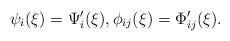
LaTeX: \begin{align*} \psi_i(\xi)=\Psi'_i(\xi), \phi_{ij}(\xi)=\Phi'_{ij}(\xi).\end{align*}